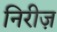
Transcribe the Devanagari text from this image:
निरीज़